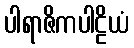
ပါရာဇိကပါဠိယံ